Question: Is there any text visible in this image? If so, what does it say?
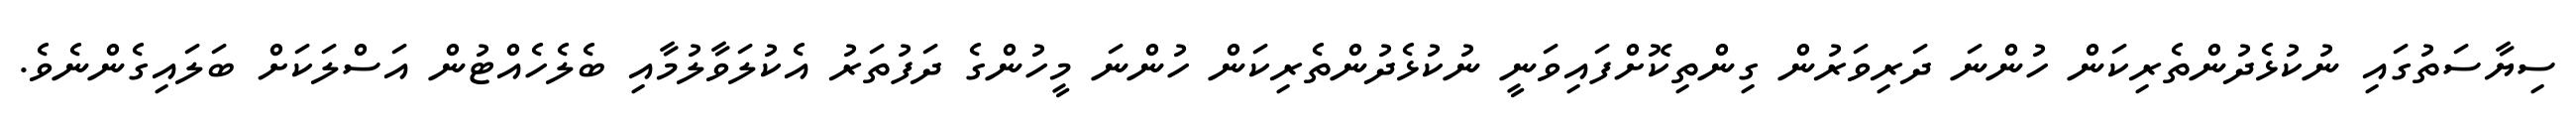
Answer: ސިޔާސަތުގައި ނުކުޅެދުންތެރިކަން ހުންނަ ދަރިވަރުން ގިންތިކޮށްފައިވަނީ ނުކުޅެދުންތެރިކަން ހުންނަ މީހުންގެ ދަފުތަރު އެކުލަވާލުމާއި ބެލެހެއްޓުން އަސްލަކަށް ބަލައިގެންނެވެ.